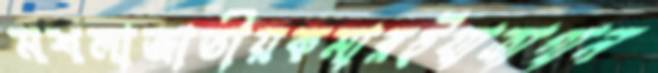
মশলাজাতীয়কমারইযাত্রাগান